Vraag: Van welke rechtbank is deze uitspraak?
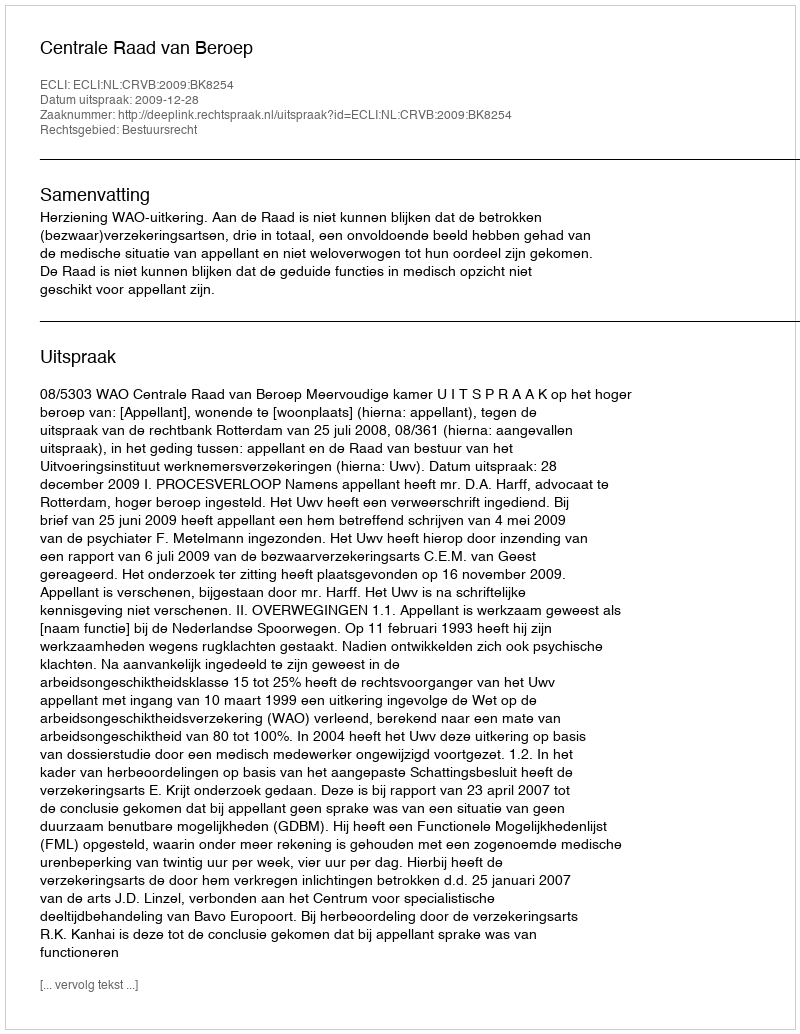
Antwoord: Centrale Raad van Beroep